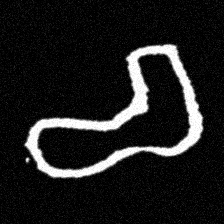
Pyu character \u2014 Myanmar letter: စ (romanized: ca)